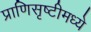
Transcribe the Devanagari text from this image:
प्राणिसृष्टीमध्ये